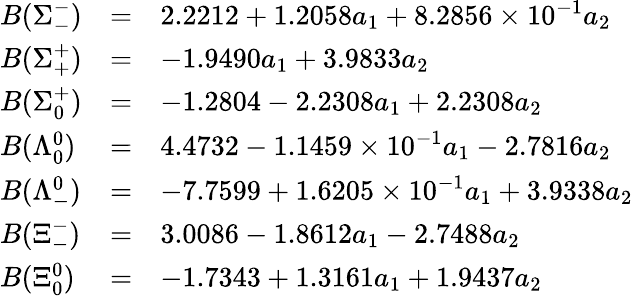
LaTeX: \begin{array}{lcl}{{B(\Sigma_{-}^{-})}}&{{=}}&{{2.2212+1.2058a_{1}+8.2856\times 10^{-1}a_{2}}}\\ {{B(\Sigma_{+}^{+})}}&{{=}}&{{-1.9490a_{1}+3.9833a_{2}}}\\ {{B(\Sigma_{0}^{+})}}&{{=}}&{{-1.2804-2.2308a_{1}+2.2308a_{2}}}\\ {{B(\Lambda_{0}^{0})}}&{{=}}&{{4.4732-1.1459\times 10^{-1}a_{1}-2.7816a_{2}}}\\ {{B(\Lambda_{-}^{0})}}&{{=}}&{{-7.7599+1.6205\times 10^{-1}a_{1}+3.9338a_{2}}}\\ {{B(\Xi_{-}^{-})}}&{{=}}&{{3.0086-1.8612a_{1}-2.7488a_{2}}}\\ {{B(\Xi_{0}^{0})}}&{{=}}&{{-1.7343+1.3161a_{1}+1.9437a_{2}}}\end{array}